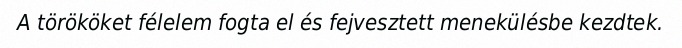
A törököket félelem fogta el és fejvesztett menekülésbe kezdtek.